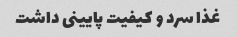
غذا سرد و کیفیت پایینی داشت